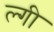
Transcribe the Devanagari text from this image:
ल्गी